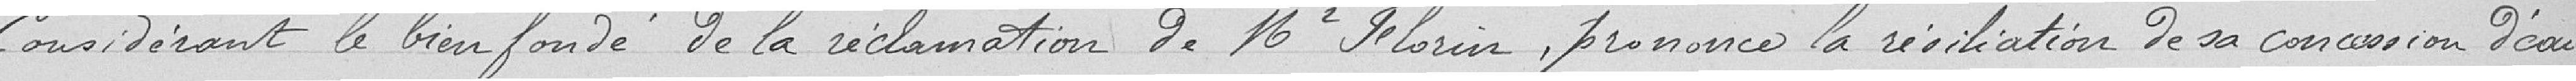
Considérant le bienfondé de la réclamation de Monsieur Florin, prononce la résiliation de sa concession d'eau.